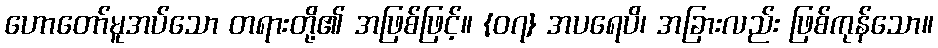
ဟောတော်မူအပ်သော တရားတို့၏ အဖြစ်ဖြင့်။ {၀၇} အပရေပိ၊ အခြားလည်း ဖြစ်ကုန်သော။